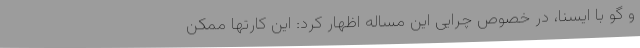
و گو با ایسنا، در خصوص چرایی این مساله اظهار کرد: این کارتها ممکن